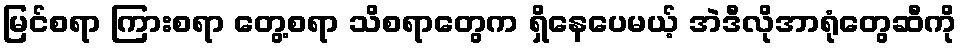
မြင်စရာ ကြားစရာ တွေ့စရာ သိစရာတွေက ရှိနေပေမယ့် အဲဒီလိုအာရုံတွေဆီကို